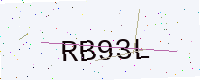
Text: RB93L